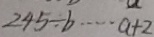
2 4 5 \div b \cdots a + 2